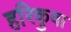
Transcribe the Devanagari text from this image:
हरिकुवा